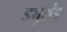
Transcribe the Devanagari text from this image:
ड्युरांड